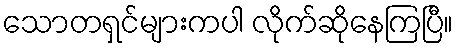
သောတရှင်များကပါ လိုက်ဆိုနေကြပြီ။